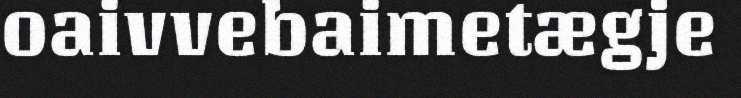
oaivvebaimetægje